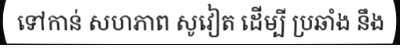
ទៅកាន់ សហភាព សូវៀត ដើម្បី ប្រឆាំង នឹង